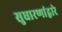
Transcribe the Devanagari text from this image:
सुधारणांद्वारे